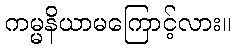
ကမ္မနိယာမကြောင့်လား။